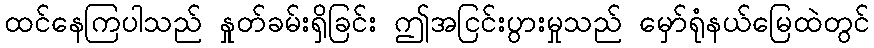
ထင်နေကြပါသည် နှုတ်ခမ်းရှိခြင်း ဤအငြင်းပွားမှုသည် မှော်ရုံနယ်မြေထဲတွင်